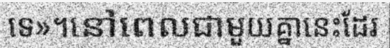
ទេ»។នៅពេលជាមួយគ្នានេះដែរ